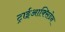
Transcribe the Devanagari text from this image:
ट्राईआक्सिडेन